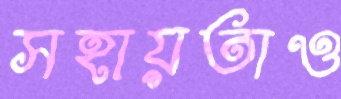
সহায়তাও